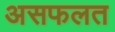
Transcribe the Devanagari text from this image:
असफलत